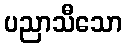
ပညာသီသော